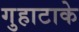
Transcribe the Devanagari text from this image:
गुहाटाके